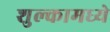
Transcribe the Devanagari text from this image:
शुल्कामध्ये